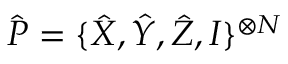
\hat { P } = \{ \hat { X } , \hat { Y } , \hat { Z } , I \} ^ { \otimes N }